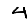
Digit: 4